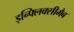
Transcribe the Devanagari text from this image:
इन्फ्लिक्सीमैब